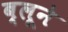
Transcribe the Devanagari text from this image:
ब्लूने